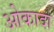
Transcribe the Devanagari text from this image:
ओकादा